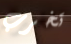
تخرب